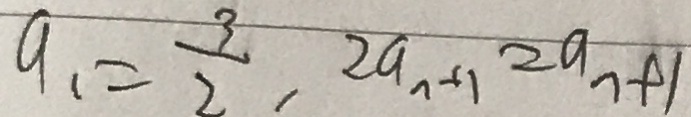
a _ { 1 } = \frac { 3 } { 2 } , 2 a _ { n + 1 } = a _ { n + 1 }